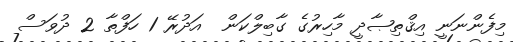
މިފެންނަނީ އިޤްތިޞާދީ މާހިރުގެ ގާބިލްކަން  އަދުރޭ 1 ހަފްތާ 2 ދުވަސް